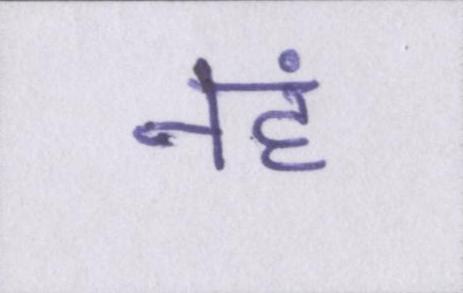
नहं